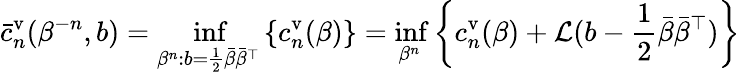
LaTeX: \bar{c}_{n}^{\mathrm{v}}(\beta^{-n},b)=\operatorname*{inf}_{\beta^{n}\colon b=\frac 12\bar{\beta}\bar{\beta}^{\top}}\left\{ c_{n}^{\mathrm{v}}(\beta)\right\} =\operatorname*{inf}_{\beta^{n}}\left\{ c_{n}^{\mathrm{v}}(\beta)+\mathcal{L}(b-\frac 12\bar{\beta}\bar{\beta}^{\top})\right\}